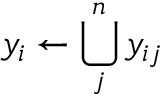
y _ { i } \gets \bigcup _ { j } ^ { n } y _ { i j }